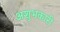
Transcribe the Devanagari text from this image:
अशुभकारी